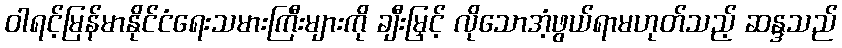
ဝါရင့်မြန်မာနိုင်ငံရေးသမားကြီးများကို ချီးမြှင့် လိုသောအံ့ဖွယ်ရာမဟုတ်သည့် ဆန္ဒသည်